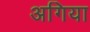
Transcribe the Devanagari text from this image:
अगिया